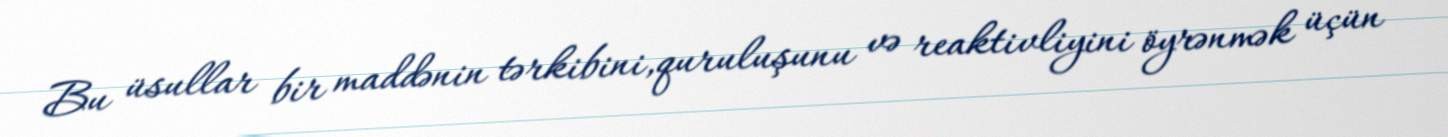
Bu üsullar bir maddənin tərkibini,quruluşunu və reaktivliyini öyrənmək üçün